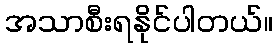
အသာစီးရနိုင်ပါတယ်။